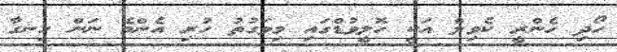
ހޯދި ހެންރީ ކެވިލް އަކީ ހޮލީވުޑްގައި މިވަގުތު ހުރި އެންމެ ނަން ހިނގާ